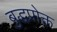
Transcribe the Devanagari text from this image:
बुद्धप्रोक्त